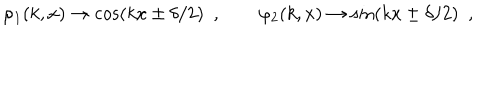
\varphi _ { 1 } ( k , x ) \to \cos ( k x \pm \delta / 2 ) \ \ , \qquad \varphi _ { 2 } ( k , x ) \to \sin ( k x \pm \delta / 2 ) \ \ ,